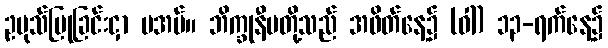
ဥပုသ်ပြုခြင်းငှာ မအပ်။ ဘိက္ခုနီမတို့သည် အဖိတ်နေ့၌ (ဝါ) ၁၃-ရက်နေ့၌